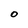
Character: 0